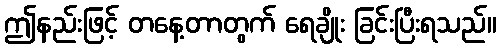
ဤနည်းဖြင့် တနေ့တာတွက် ရေချိုး ခြင်းပြီးရသည်။